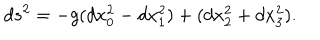
d s ^ { 2 } = - g ( d x _ { 0 } ^ { 2 } - d x _ { 1 } ^ { 2 } ) + ( d x _ { 2 } ^ { 2 } + d x _ { 3 } ^ { 2 } ) .